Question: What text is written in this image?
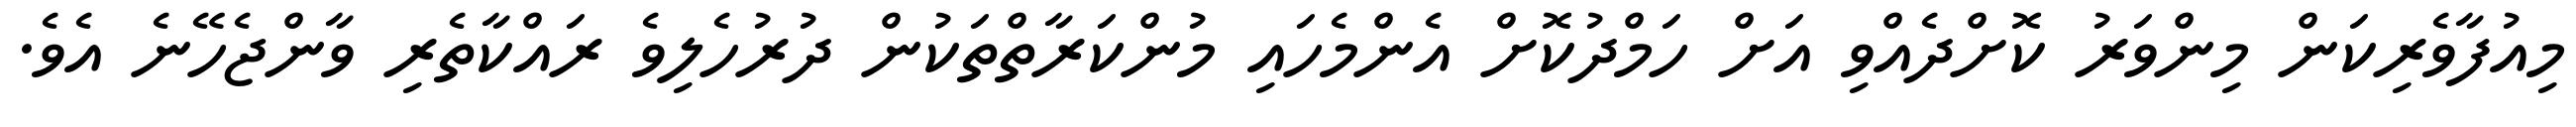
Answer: މިއުފާވެރިކަން މިންވަރު ކޮށްދެއްވި އަށް ހަމްދުކޮށް އެންމެހައި މުންކަރާތްތަކުން ދުރުހެލިވެ ރައްކާތެރި ވާންޖެހޭނެ އެވެ.